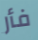
فأر